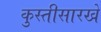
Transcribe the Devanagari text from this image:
कुस्तीसारखे